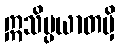
ဣသိပ္ပယာတမှိ